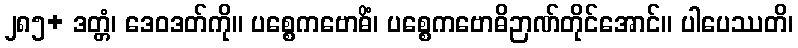
၂၈၅+ ဒတ္တံ၊ ဒေဝဒတ်ကို။ ပစ္စေကဗောဓိံ၊ ပစ္စေကဗောဓိဉာဏ်တိုင်အောင်။ ပါပေဿတိ၊